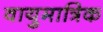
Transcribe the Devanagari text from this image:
वायुमात्रिक